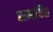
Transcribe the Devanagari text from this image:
समचित